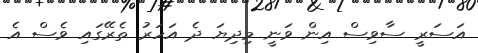
އަސަރީ ސާވިސް އިން ވަނީ މިދިޔަ ދެ އަހަރު ތެރޭގައި ވެސް އެ